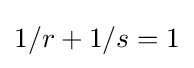
1/r+1/s=1